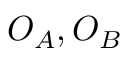
O _ { A } , O _ { B }